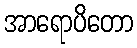
အာရောပိတော